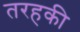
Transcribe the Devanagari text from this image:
तरहकी